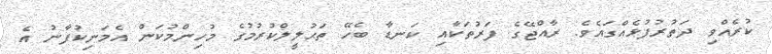
ކުރެއްވި ދަތުރުފުޅެއްގައެވެ. ރާއްޖޭގެ ފަރުތަކާއި ކަނޑާ ބެހޭ ތަޙުލީލްކުރުމުގެ މުހިންމުކަން އެމަނިކުފާނު އެ